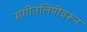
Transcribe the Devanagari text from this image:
संगीतलिपीवरून